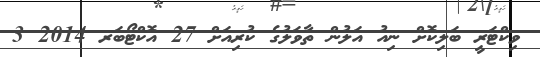
ވިކްޓަރީ ބަލިކޮށް ނިއު އަލުން ތާވަލުގެ ކުރިއަށް 27 އޮކްޓޯބަރ 2014 3